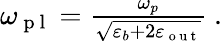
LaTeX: \begin{array}{r}{\omega_{\mathrm{~p~l~}}=\frac{\omega_{p}}{\sqrt{\varepsilon_{b}+2\varepsilon_{\mathrm{~o~u~t~}}}}~.}\end{array}